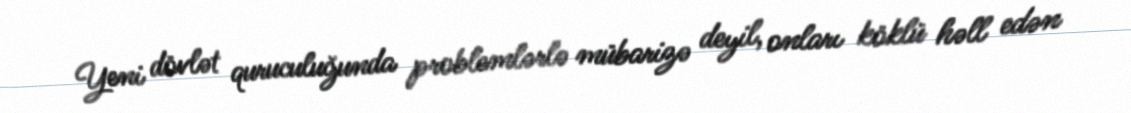
Yeni dövlət quruculuğunda problemlərlə mübarizə deyil, onları köklü həll edən